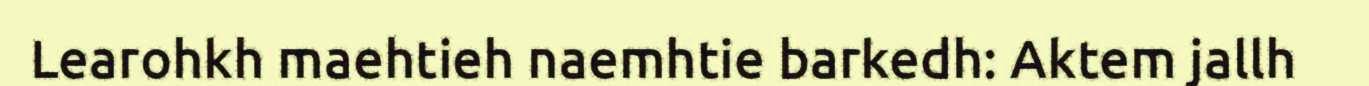
Learohkh maehtieh naemhtie barkedh: Aktem jallh